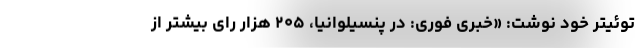
توئیتر خود نوشت: «خبری فوری: در پنسیلوانیا، ۲۰۵ هزار رای بیشتر از